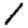
Digit: 1